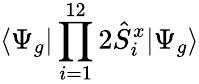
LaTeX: \langle\Psi_{g}|\prod_{i=1}^{12}2\hat{S}_{i}^{x}|\Psi_{g}\rangle